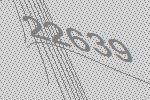
22639